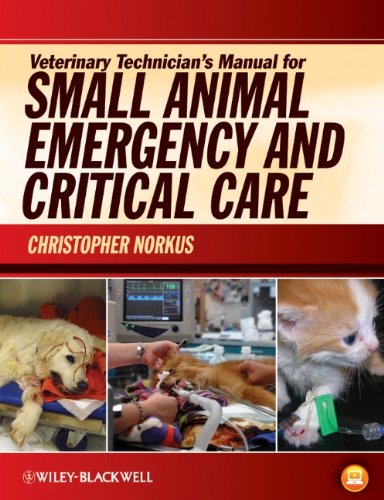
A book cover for Veterinary Technician's Manual for Small Animal Emergency and Critical Care; Medical Books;